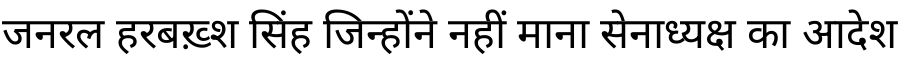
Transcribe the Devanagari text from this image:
जनरल हरबख़्श सिंह जिन्होंने नहीं माना सेनाध्यक्ष का आदेश